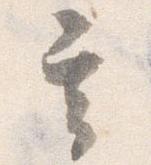
其